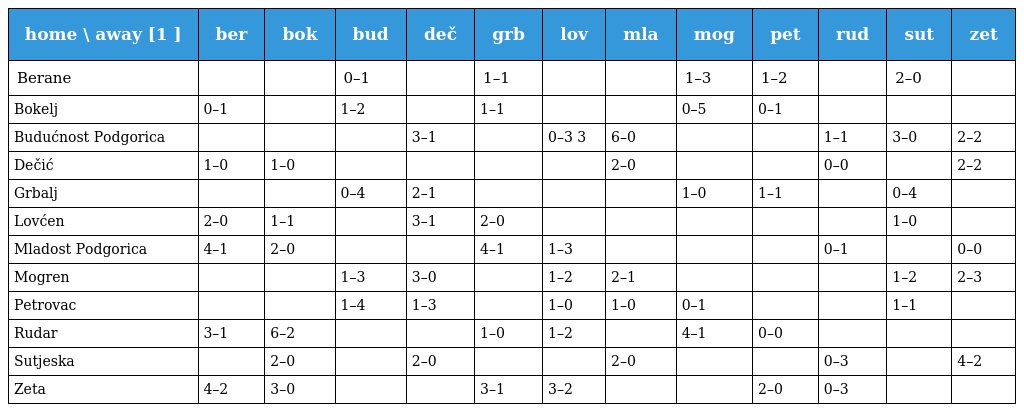
| home \ away [1 ] | ber | bok | bud | deč | grb | lov | mla | mog | pet | rud | sut | zet |
 | --- | --- | --- | --- | --- | --- | --- | --- | --- | --- | --- | --- | --- |
 | Berane |  |  | 0–1 |  | 1–1 |  |  | 1–3 | 1–2 |  | 2–0 |  |
 | Bokelj | 0–1 |  | 1–2 |  | 1–1 |  |  | 0–5 | 0–1 |  |  |  |
 | Budućnost Podgorica |  |  |  | 3–1 |  | 0–3 3 | 6–0 |  |  | 1–1 | 3–0 | 2–2 |
 | Dečić | 1–0 | 1–0 |  |  |  |  | 2–0 |  |  | 0–0 |  | 2–2 |
 | Grbalj |  |  | 0–4 | 2–1 |  |  |  | 1–0 | 1–1 |  | 0–4 |  |
 | Lovćen | 2–0 | 1–1 |  | 3–1 | 2–0 |  |  |  |  |  | 1–0 |  |
 | Mladost Podgorica | 4–1 | 2–0 |  |  | 4–1 | 1–3 |  |  |  | 0–1 |  | 0–0 |
 | Mogren |  |  | 1–3 | 3–0 |  | 1–2 | 2–1 |  |  |  | 1–2 | 2–3 |
 | Petrovac |  |  | 1–4 | 1–3 |  | 1–0 | 1–0 | 0–1 |  |  | 1–1 |  |
 | Rudar | 3–1 | 6–2 |  |  | 1–0 | 1–2 |  | 4–1 | 0–0 |  |  |  |
 | Sutjeska |  | 2–0 |  | 2–0 |  |  | 2–0 |  |  | 0–3 |  | 4–2 |
 | Zeta | 4–2 | 3–0 |  |  | 3–1 | 3–2 |  |  | 2–0 | 0–3 |  |  |